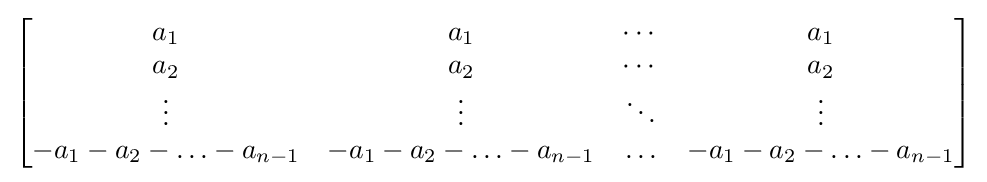
{\begin{bmatrix}a_{1}&a_{1}&\cdots &a_{1}\\a_{2}&a_{2}&\cdots &a_{2}\\\vdots &\vdots &\ddots &\vdots \\-a_{1}-a_{2}-\ldots -a_{n-1}&-a_{1}-a_{2}-\ldots -a_{n-1}&\ldots &-a_{1}-a_{2}-\ldots -a_{n-1}\end{bmatrix}}